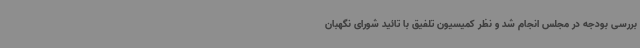
بررسی بودجه در مجلس انجام شد و نظر کمیسیون تلفیق با تائید شورای نگهبان